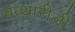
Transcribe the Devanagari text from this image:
पत्थारीली